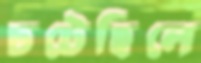
চটেছিলে